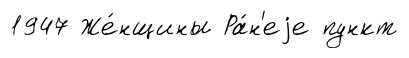
1947 Же́нщины Ра́н'еjе пункт